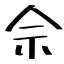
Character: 佘